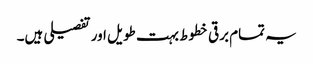
یہ تمام برقی خطوط بہت طویل اور تفصیلی ہیں۔